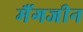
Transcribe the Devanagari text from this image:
मैंगजीन